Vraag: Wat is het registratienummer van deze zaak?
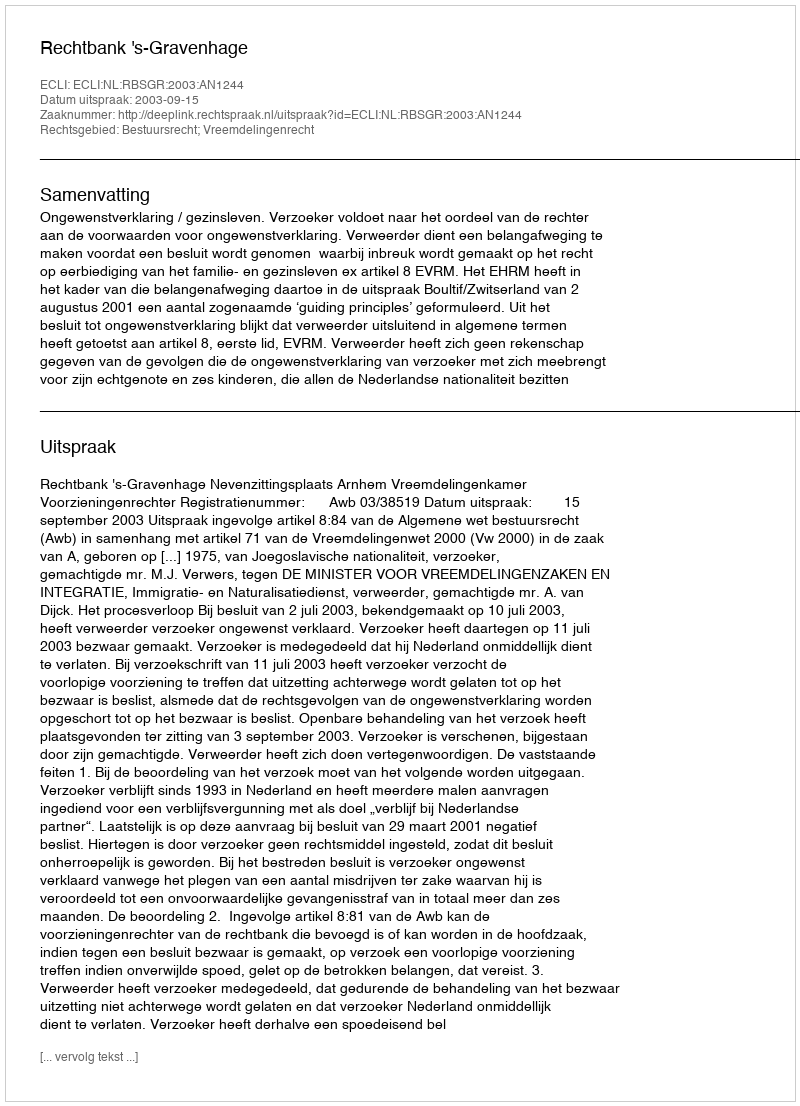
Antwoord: http://deeplink.rechtspraak.nl/uitspraak?id=ECLI:NL:RBSGR:2003:AN1244